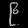
Digit: ၉